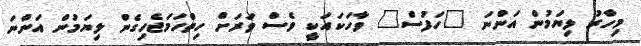
މިހާރު ލިޔަމުން އަންނަ "ހަފުސް" ވާހަކައަކީ ވެސް ވަރަށް ހިތްހަމަޖެހިގެން ލިޔަމުން އަންނަ